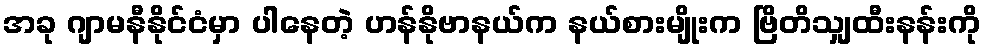
အခု ဂျာမနီနိုင်ငံမှာ ပါနေတဲ့ ဟန်နိုဗာနယ်က နယ်စားမျိုးက ဗြိတိသျှထီးနန်းကို